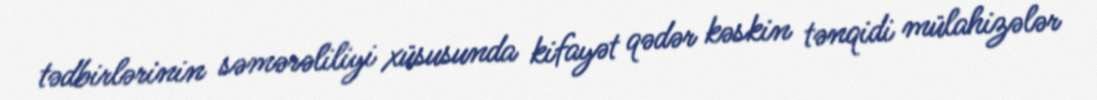
tədbirlərinin səmərəliliyi xüsusunda kifayət qədər kəskin tənqidi mülahizələr